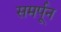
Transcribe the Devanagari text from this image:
समर्पून